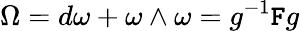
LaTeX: \Omega=d\omega+\omega\wedge\omega=g^{-1}\mathtt{F}g